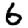
Digit: 6